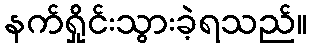
နက်ရှိုင်းသွားခဲ့ရသည်။